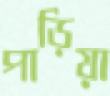
পাড়িয়া